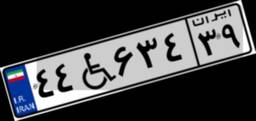
۴۴W۶۳۴۳۹